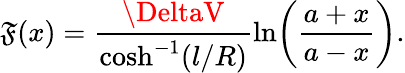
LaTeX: \mathfrak{F}(x)=\frac{{\DeltaV}}{{\cosh^{-1}(l/R)}}\ln\! \left(\frac{{a+x}}{{a-x}}\right).